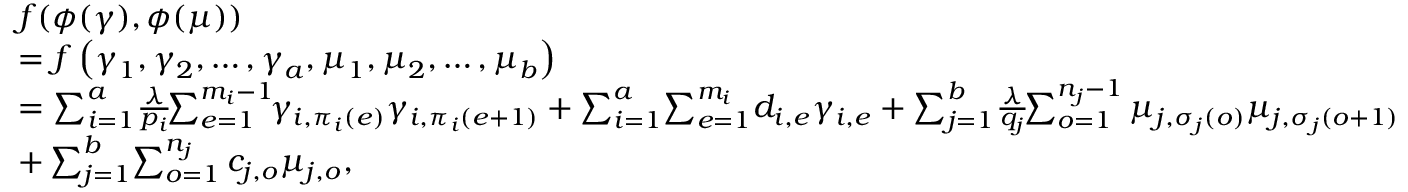
\begin{array} { r l } & { f ( \phi ( \gamma ) , \phi ( \mu ) ) } \\ & { = f \left( \boldsymbol { \gamma } _ { { 1 } } , \boldsymbol { \gamma } _ { { 2 } } , \ldots , \boldsymbol { \gamma } _ { { a } } , \boldsymbol { \mu } _ { { 1 } } , \boldsymbol { \mu } _ { { 2 } } , \ldots , \boldsymbol { \mu } _ { b } \right) } \\ & { = \sum _ { i = 1 } ^ { a } \! \frac { \lambda } { p _ { i } } \! \! \sum _ { e = 1 } ^ { m _ { i } - 1 } \! \! \gamma _ { i , \pi _ { i } ( e ) } \gamma _ { i , \pi _ { i } ( e + 1 ) } + \sum _ { i = 1 } ^ { a } \! \sum _ { e = 1 } ^ { m _ { i } } \! d _ { i , e } \gamma _ { i , e } + \sum _ { j = 1 } ^ { b } \! \frac { \lambda } { q _ { j } } \! \! \sum _ { o = 1 } ^ { n _ { j } - 1 } \mu _ { j , \sigma _ { j } ( o ) } \mu _ { j , \sigma _ { j } ( o + 1 ) } } \\ & { + \sum _ { j = 1 } ^ { b } \! \sum _ { o = 1 } ^ { n _ { j } } c _ { j , o } \mu _ { j , o } , } \end{array}